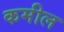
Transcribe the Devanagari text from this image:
कमील